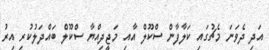
އަދި ދެވަނަ މެޗުގައި ކަލާފާން ސްކޫލް އާއި މަޖީދިއްޔާ ސްކޫލް ބައްދަލުކުރި އިރު